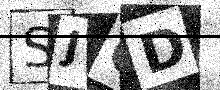
Text: SJGD